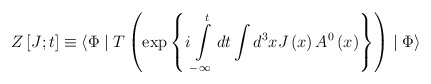
\begin{align*}Z\left[ J;t\right]\equiv \langle \Phi \mid T\left(\exp \left\{i\int\limits_{-\infty }^tdt\int d^3xJ\left(x\right) A^0\left(x\right) \right\} \right) \mid \Phi \rangle\end{align*}